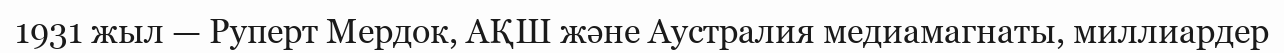
1931 жыл — Руперт Мердок, АҚШ және Аустралия медиамагнаты, миллиардер